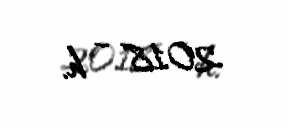
2018 – h.